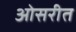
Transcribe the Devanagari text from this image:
ओसरीत